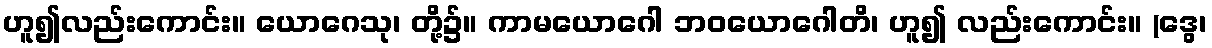
ဟူ၍လည်းကောင်း။ ယောဂေသု၊ တို့၌။ ကာမယောဂေါ ဘဝယောဂေါတိ၊ ဟူ၍ လည်းကောင်း။ (ဒွေ၊